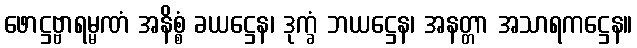
ဖောဋ္ဌဗ္ဗာရမ္မဏံ အနိစ္စံ ခယဋ္ဌေန၊ ဒုက္ခံ ဘယဋ္ဌေန၊ အနတ္တာ အသာရကဋ္ဌေန။